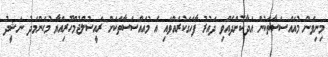
މިނިވަން މުއައްސަސާތަކުން އަދާކޮށްދެއްވި ދައުރު ފާހަގަކުރައްވައި އެ މުއައްސަސާތަކަށް ރައީސުލްޖުމްހޫރިއްޔާ މުޙަންމަދު ނަޝީދު